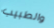
والطبيب